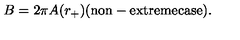
B = 2 \pi A ( r _ { + } ) \mathrm { ( n o n - e x t r e m e c a s e ) } .